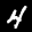
Digit: 4